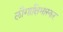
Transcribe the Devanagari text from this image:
लौगाक्षिभास्कर